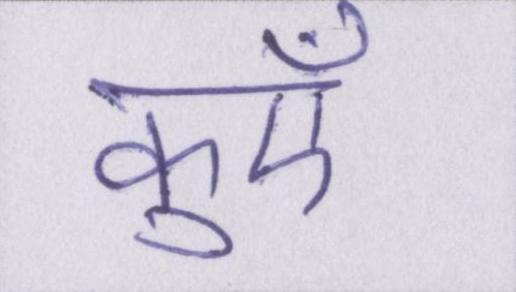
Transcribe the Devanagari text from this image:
कुएँ